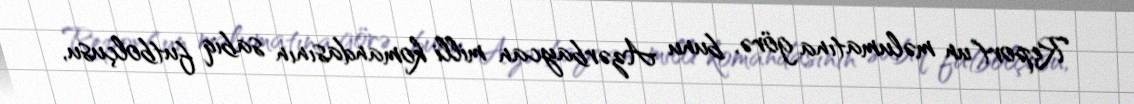
Report"un məlumatına görə, bunu Azərbaycan milli komandasının sabiq futbolçusu,